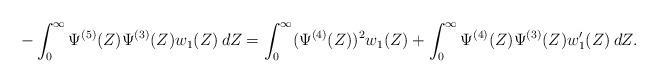
LaTeX: \begin{align*}-\int_0^\infty \Psi^{(5)}(Z) \Psi^{(3)}(Z) w_1(Z)\:dZ=\int_0^\infty (\Psi^{(4)}(Z))^2 w_1(Z) + \int_0^\infty \Psi^{(4)}(Z) \Psi^{(3)}(Z) w_1'(Z)\:dZ.\end{align*}